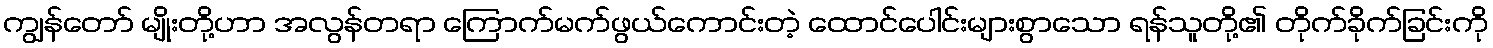
ကျွန်တော် မျိုးတို့ဟာ အလွန်တရာ ကြောက်မက်ဖွယ်ကောင်းတဲ့ ထောင်ပေါင်းများစွာသော ရန်သူတို့၏ တိုက်ခိုက်ခြင်းကို